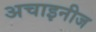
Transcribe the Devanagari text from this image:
अचाइनीज